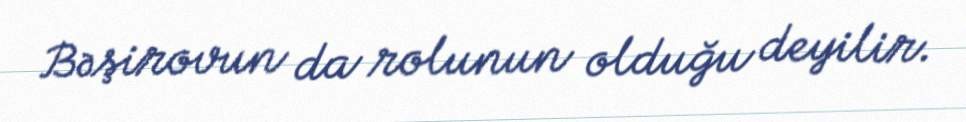
Bəşirovun da rolunun olduğu deyilir.